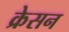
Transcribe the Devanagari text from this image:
क्रेसन